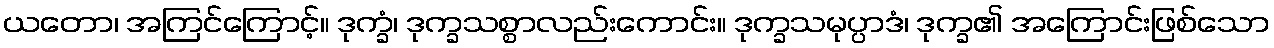
ယတော၊ အကြင်ကြောင့်။ ဒုက္ခံ၊ ဒုက္ခသစ္စာလည်းကောင်း။ ဒုက္ခသမုပ္ပာဒံ၊ ဒုက္ခ၏ အကြောင်းဖြစ်သော